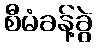
စီမံခန့်ခွဲ